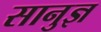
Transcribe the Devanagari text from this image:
सानुज्ञ